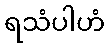
ရသံပါဟံ